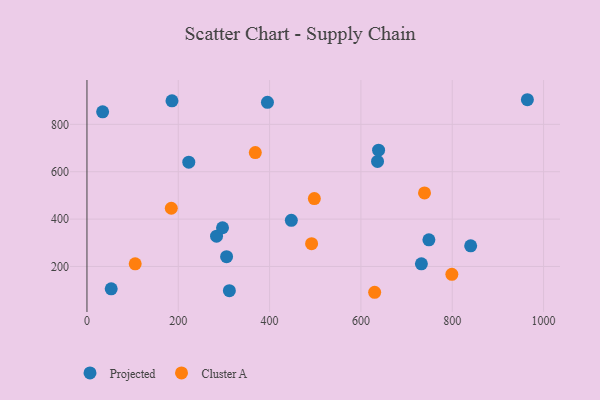
{"axis": {"x": "Price", "y": "Yield"}, "legend": ["Cluster A", "Projected"], "data": [{"x": "636.4", "y": 643.6, "type": "Projected"}, {"x": "223.0", "y": 640.1, "type": "Projected"}, {"x": "305.8", "y": 241.3, "type": "Projected"}, {"x": "186.2", "y": 899.2, "type": "Projected"}, {"x": "34.3", "y": 852.7, "type": "Projected"}, {"x": "447.6", "y": 395.0, "type": "Projected"}, {"x": "395.3", "y": 892.9, "type": "Projected"}, {"x": "283.8", "y": 327.9, "type": "Projected"}, {"x": "732.5", "y": 211.2, "type": "Projected"}, {"x": "296.9", "y": 363.4, "type": "Projected"}, {"x": "748.9", "y": 312.5, "type": "Projected"}, {"x": "53.1", "y": 105.7, "type": "Projected"}, {"x": "638.7", "y": 690.8, "type": "Projected"}, {"x": "840.4", "y": 287.1, "type": "Projected"}, {"x": "964.6", "y": 903.9, "type": "Projected"}, {"x": "311.9", "y": 97.7, "type": "Projected"}, {"x": "498.0", "y": 486.7, "type": "Cluster A"}, {"x": "368.7", "y": 680.8, "type": "Cluster A"}, {"x": "799.2", "y": 166.9, "type": "Cluster A"}, {"x": "105.6", "y": 211.0, "type": "Cluster A"}, {"x": "492.0", "y": 296.2, "type": "Cluster A"}, {"x": "630.1", "y": 91.1, "type": "Cluster A"}, {"x": "184.7", "y": 445.8, "type": "Cluster A"}, {"x": "739.3", "y": 510.4, "type": "Cluster A"}]}